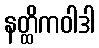
နတ္ထိကဝါဒါ